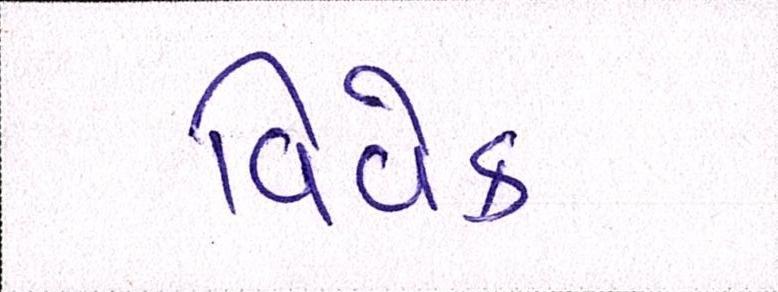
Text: વિવેક